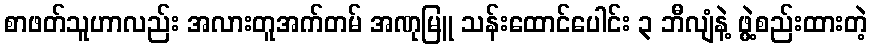
စာဖတ်သူဟာလည်း အလားတူအက်တမ် အဏုမြူ သန်းထောင်ပေါင်း ၃ ဘီလျံနဲ့ ဖွဲ့စည်းထားတဲ့